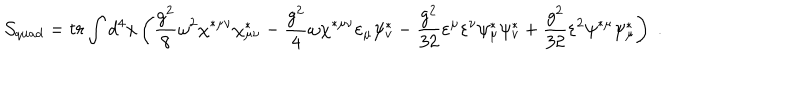
LaTeX: { \cal S } _ { q u a d } = t r \int d ^ { 4 } x \left( \frac { g ^ { 2 } } 8 \omega ^ { 2 } \chi ^ { * \mu \nu } \chi _ { \mu \nu } ^ { * } - \frac { g ^ { 2 } } 4 \omega \chi ^ { * \mu \nu } \varepsilon _ { \mu } \psi _ { v } ^ { * } - \frac { g ^ { 2 } } { 3 2 } \varepsilon ^ { \mu } \varepsilon ^ { \nu } \psi _ { \mu } ^ { * } \psi _ { v } ^ { * } + \frac { g ^ { 2 } } { 3 2 } \varepsilon ^ { 2 } \psi ^ { * \mu } \psi _ { \mu } ^ { * } \right) \; .